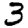
Digit: 3